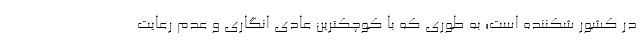
در کشور شکننده است؛ به طوری که با کوچکترین عادی انگاری و عدم رعایت